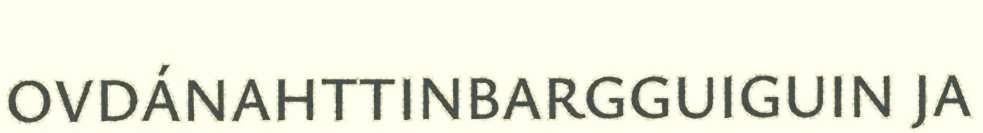
OVDÁNAHTTINBARGGUIGUIN JA